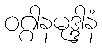
ဝဂ္ဂါနမုဒ္ဒါနံ